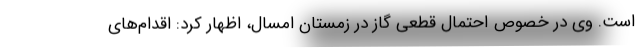
است. وی در خصوص احتمال قطعی گاز در زمستان امسال، اظهار کرد: اقدام‌های